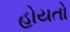
હોયતો